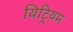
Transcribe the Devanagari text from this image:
यिट्रियम